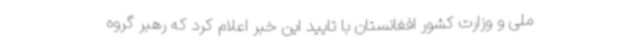
ملی و وزارت کشور افغانستان با تایید این خبر اعلام کرد که رهبر گروه